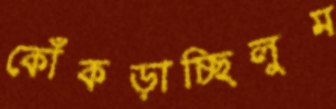
কোঁকড়াচ্ছিলুম